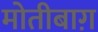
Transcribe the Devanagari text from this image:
मोतीबाग़